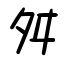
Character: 舛